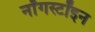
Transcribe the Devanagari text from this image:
नॉँगस्टॉइन